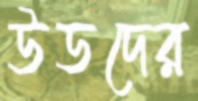
উডদের